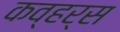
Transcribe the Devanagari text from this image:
कव्हर्स